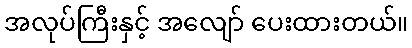
အလုပ်ကြီးနှင့် အလျော် ပေးထားတယ်။